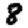
Digit: 8